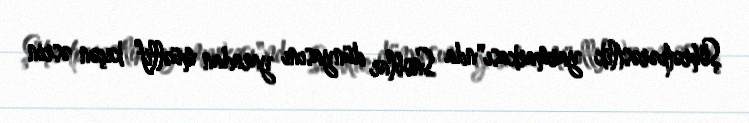
Şöhrətpərəstlik yarmarkası"nda Snoblar dünyasını yaradan müəllif keçən əsrin